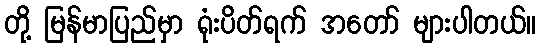
တို့ မြန်မာပြည်မှာ ရုံးပိတ်ရက် အတော် များပါတယ်။